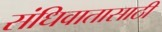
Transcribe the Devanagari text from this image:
संधिवातासाठी